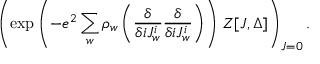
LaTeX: \left( \exp \left( - e ^ { 2 } \sum _ { w } \rho _ { w } \left( { \frac { \delta } { \delta i J _ { w } ^ { i } } } { \frac { \delta } { \delta i J _ { w } ^ { i } } } \right) \right) \, Z [ J , \Delta ] \right) _ { J = 0 } .